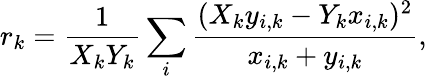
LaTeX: r_{k}=\frac{1}{X_{k}Y_{k}}\sum_{i}\frac{(X_{k}y_{i,k}-Y_{k}x_{i,k})^{2}}{x_{i,k}+y_{i,k}},